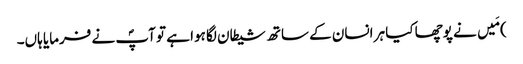
) مَیں نے پوچھا کیا ہر انسان کے ساتھ شیطان لگا ہوا ہے تو آپؐ نے فرمایا ہاں۔